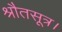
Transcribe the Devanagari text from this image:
श्रौतसूत्र।